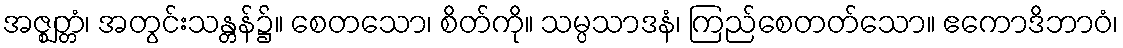
အဇ္ဈတ္တံ၊ အတွင်းသန္တန်၌။ စေတသော၊ စိတ်ကို။ သမ္ပသာဒနံ၊ ကြည်စေတတ်သော။ ဧကောဒိဘာဝံ၊